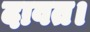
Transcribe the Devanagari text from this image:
दावत।